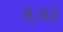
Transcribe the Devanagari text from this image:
भुजाडे